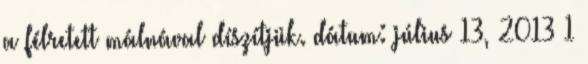
a félretett málnával díszítjük. dátum: július 13, 2013 1